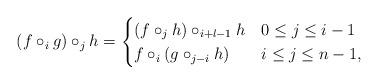
LaTeX: \begin{align*}(f\circ_i g)\circ_jh =\begin{cases}(f\circ_j h)\circ_{i+l-1} h& 0\leq j \leq i-1\\f\circ_i (g\circ_{j-i}h) & i\leq j \leq n-1,\end{cases}\end{align*}